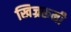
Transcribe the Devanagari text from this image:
खिज्ररूमी